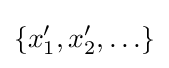
\{x_{1}^{\prime },x_{2}^{\prime },\ldots \}